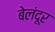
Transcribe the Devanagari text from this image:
बेलंदूर